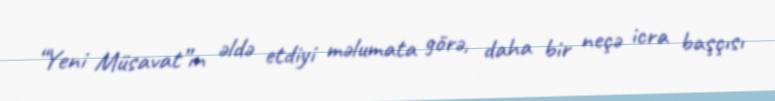
“Yeni Müsavat”ın əldə etdiyi məlumata görə, daha bir neçə icra başçısı